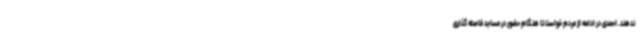
ندهند. احمدی در ادامه از مردم خواست تا هنگام حضور در مساجد فاصله گذاری